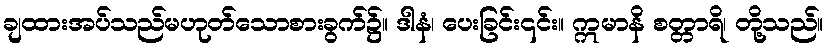
ချထားအပ်သည်မဟုတ်သောစားခွက်၌။ ဒါနံ၊ ပေးခြင်း၎င်း။ ဣမာနိ စတ္တာရိ၊ တို့သည်။